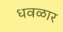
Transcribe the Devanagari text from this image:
धवळार